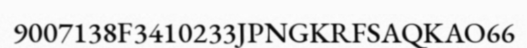
9007138F3410233JPNGKRFSAQKAO66